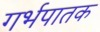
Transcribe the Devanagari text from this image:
गर्भपातक